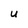
Character: u